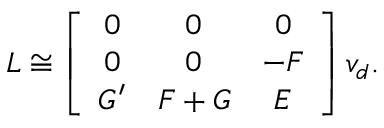
L \cong \left[ \begin{array} { c c c } { { 0 } } & { { 0 } } & { { 0 } } \\ { { 0 } } & { { 0 } } & { { - F } } \\ { { G ^ { \prime } } } & { { F + G } } & { { E } } \end{array} \right] v _ { d } .